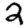
Digit: 2